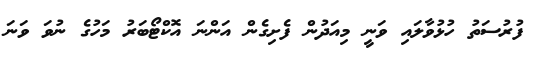
ފުރުސަތު ހުޅުވާލައި ވަނީ މިއަދުން ފެށިގެން އަންނަ އޮކްޓޯބަރު މަހުގެ ނުވަ ވަނަ